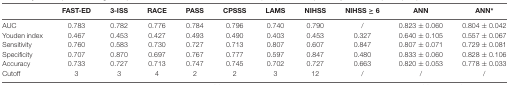
|  | FAST-ED | 3-ISS | RACE | PASS | CPSSS | LAMS | NIHSS | NIHSS ≥ 6 | ANN | ANN* |
 | --- | --- | --- | --- | --- | --- | --- | --- | --- | --- | --- |
 | AUC | 0.783 | 0.782 | 0.776 | 0.784 | 0.796 | 0.740 | 0.790 | / | 0.823 ± 0.060 | 0.804 ± 0.042 |
 | Youden index | 0.467 | 0.453 | 0.427 | 0.493 | 0.490 | 0.403 | 0.453 | 0.327 | 0.640 ± 0.105 | 0.557 ± 0.067 |
 | Sensitivity | 0.760 | 0.583 | 0.730 | 0.727 | 0.713 | 0.807 | 0.607 | 0.847 | 0.807 ± 0.071 | 0.729 ± 0.081 |
 | Specificity | 0.707 | 0.870 | 0.697 | 0.767 | 0.777 | 0.597 | 0.847 | 0.480 | 0.833 ± 0.060 | 0.828 ± 0.106 |
 | Accuracy | 0.733 | 0.727 | 0.713 | 0.747 | 0.745 | 0.702 | 0.727 | 0.663 | 0.820 ± 0.053 | 0.778 ± 0.033 |
 | Cutoff | 3 | 3 | 4 | 2 | 2 | 3 | 12 | / | / | / |